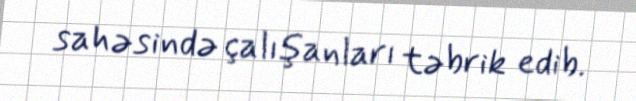
sahəsində çalışanları təbrik edib.